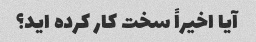
آیا اخیراً سخت کار کرده اید؟